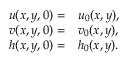
\begin{array} { r l } { u ( x , y , 0 ) = } & { { } u _ { 0 } ( x , y ) , } \\ { v ( x , y , 0 ) = } & { { } v _ { 0 } ( x , y ) , } \\ { h ( x , y , 0 ) = } & { { } h _ { 0 } ( x , y ) . } \end{array}